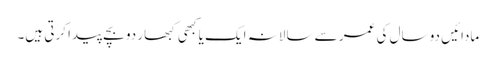
مادائیں دو سال کی عمر سے سالانہ ایک یا کبھی کبھار دو بچے پیدا کرتی ہیں۔